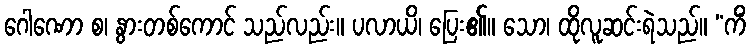
ဂေါဏော စ၊ နွားတစ်ကောင် သည်လည်း။ ပလာယိ၊ ပြေး၏။ သော၊ ထိုလူဆင်းရဲသည်။ “ကိံ